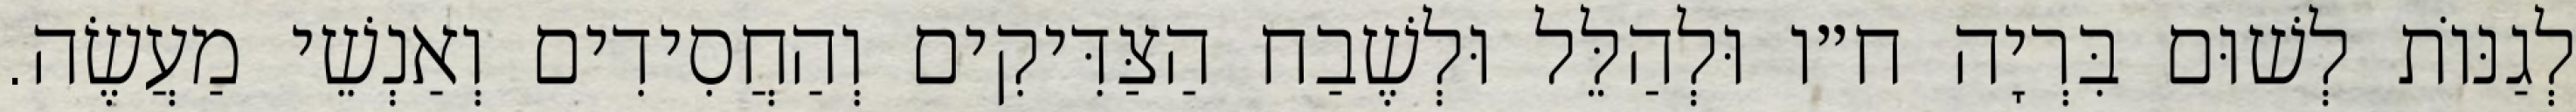
לְגַנּוֹת לְשׁוּם בִּרְיָה ח״ו וּלְהַלֵּל וּלְשֶׁבַח הַצַּדִּיקִים וְהַחֲסִידִים וְאַנְשֵׁי מַעֲשֶׂה.